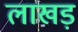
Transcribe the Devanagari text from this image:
लाखड़